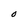
Character: O